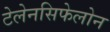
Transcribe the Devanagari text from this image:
टेलेनसिफेलोन